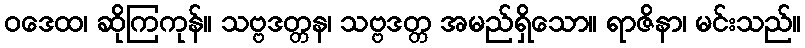
ဝဒေထ၊ ဆိုကြကုန်။ သဗ္ဗဒတ္တန၊ သဗ္ဗဒတ္တ အမည်ရှိသော။ ရာဇိနာ၊ မင်းသည်။